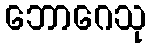
ဘောဂေသု